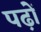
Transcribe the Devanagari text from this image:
पढ़ों